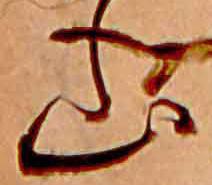
山